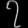
Digit: ၇